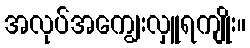
အလုပ်အကျွေးလှူရကျိုး။